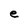
Character: e